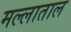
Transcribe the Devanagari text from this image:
मल्लाताल